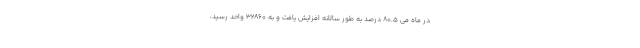
در ماه می ۸۰.۵ درصد به طور سالانه افزایش یافت و به ۳۲۸۶۰ واحد رسید،